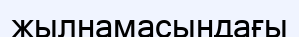
жылнамасындағы